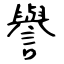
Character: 譽